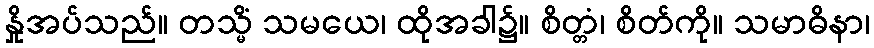
နှိုအပ်သည်။ တသ္မိံ သမယေ၊ ထိုအခါ၌။ စိတ္တံ၊ စိတ်ကို။ သမာဓိနာ၊